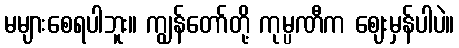
မများစေရပါဘူး။ ကျွန်တော်တို့ ကုမ္ပဏီက ဈေးမှန်ပါပဲ။